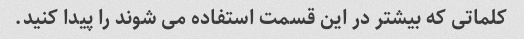
کلماتی که بیشتر در این قسمت استفاده می شوند را پیدا کنید.